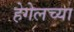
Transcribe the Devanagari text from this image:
हेगेलच्या